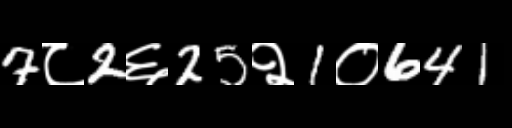
Text: 7८2६25२1०641